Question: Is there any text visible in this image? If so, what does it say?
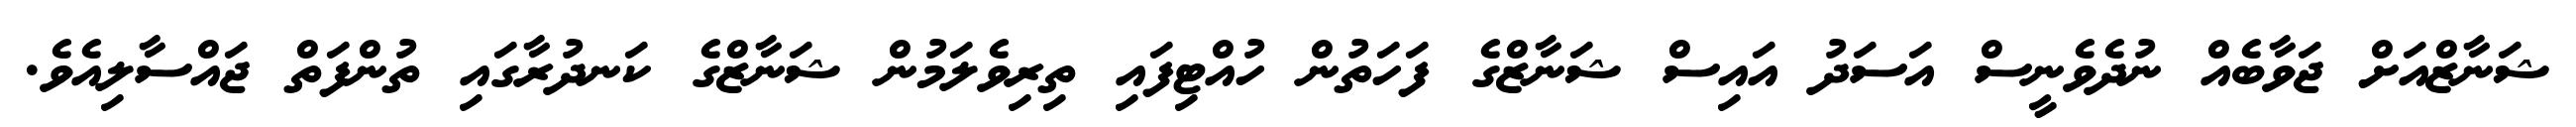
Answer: ޝަނާޒްއަށް ޖަވާބެއް ނުދެވެނީސް އަސަދު އައިސް ޝަނާޒްގެ ފަހަތުން ހުއްޓިފައި ތިރިވެލަމުން ޝަނާޒްގެ ކަނދުރާގައި ތުންފަތް ޖައްސާލިއެވެ.